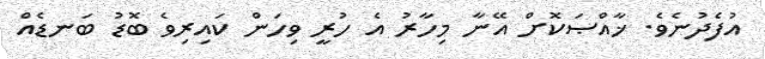
އުފެދުނެވެ. ޚާއްޞަކޮށް އޭނާ މިހާރު އެ ހުރީ ވިހަން ކައިރިވެ ބޮޑު ބަނޑެއް